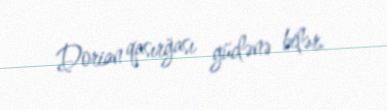
Dorian qasırğası güclənə bilər.